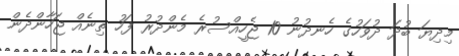
މިދިޔަ ބުދަ ދުވަހުގެ ހެނދުނު 10 ޖެހީއްސުރެ މެންދުރު ފަހު ތިނެއް ޖަހާންދެން